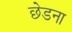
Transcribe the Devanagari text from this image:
छेडना